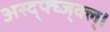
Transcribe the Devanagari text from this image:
अस्द्फ्घ्ज्क्ल्।